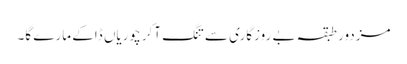
مزدور طبقہ بے روزگاری سے تنگ آکر چوریاں ڈاکے مارے گا۔